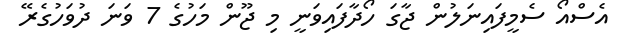
އެސްއޯ ސެމީފައިނަލުން ޖާގަ ހޯދާފައިވަނީ މި ޖޫން މަހުގެ 7 ވަނަ ދުވަހުގެރޭ